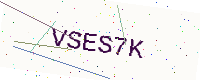
Text: VSES7K